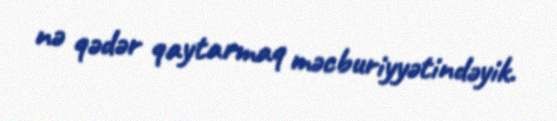
nə qədər qaytarmaq məcburiyyətindəyik.